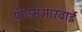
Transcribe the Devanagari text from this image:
पीएमआरवाई